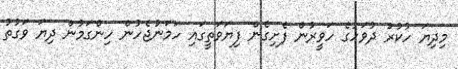
މިދިޔަ ހުކުރު ދުވަހުގެ ހަވީރުން ފެށިގެން ފިޔަވަތީގައި ހަމަނުޖެހުން ހިންގަމުން ދިޔަ ވަގުތު